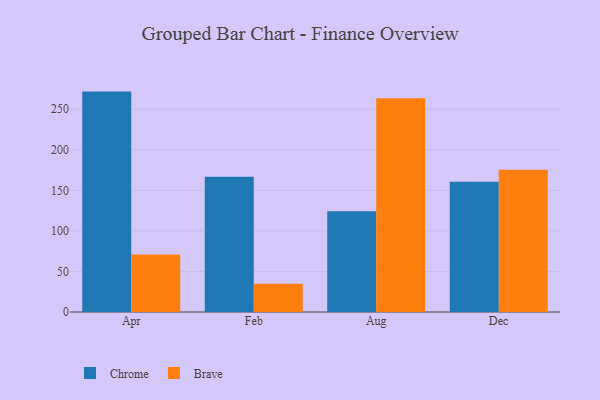
{"axis": {"x": "Month", "y": "Bounce Rate (%)"}, "legend": ["Brave", "Chrome"], "data": [{"x": "Apr", "y": 271.7, "type": "Chrome"}, {"x": "Apr", "y": 70.9, "type": "Brave"}, {"x": "Feb", "y": 166.7, "type": "Chrome"}, {"x": "Feb", "y": 34.9, "type": "Brave"}, {"x": "Aug", "y": 124.3, "type": "Chrome"}, {"x": "Aug", "y": 263.4, "type": "Brave"}, {"x": "Dec", "y": 160.7, "type": "Chrome"}, {"x": "Dec", "y": 175.5, "type": "Brave"}]}